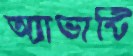
অ্যাভান্টি